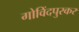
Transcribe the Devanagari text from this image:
गोविंदपुरकर